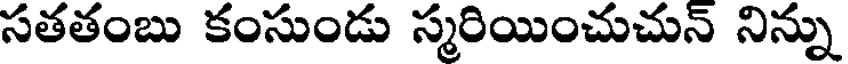
సతతంబు కంసుండు స్మరియించుచున్ నిన్ను